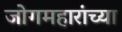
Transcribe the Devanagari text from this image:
जोगमहारांच्या